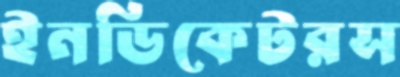
ইনডিকেটরস